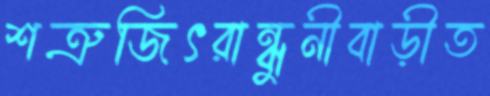
শত্রুজিৎরান্ধুনীবাড়ীত